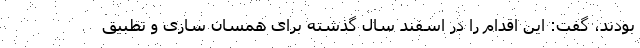
بودند، گفت: این اقدام را در اسفند سال گذشته برای همسان سازی و تطبیق